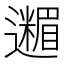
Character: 𮟟